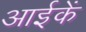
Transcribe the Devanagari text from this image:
आईकें